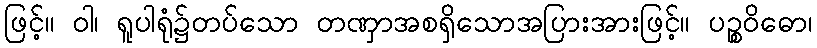
ဖြင့်။ ဝါ၊ ရူပါရုံ၌တပ်သော တဏှာအစရှိသောအပြားအားဖြင့်။ ပဉ္စဝိဓော၊